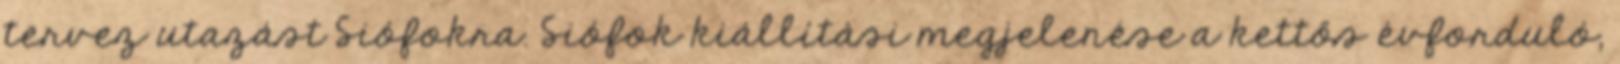
tervez utazást Siófokra. Siófok kiállítási megjelenése a kettős évforduló,